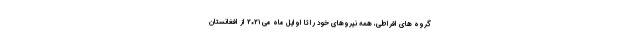
گروه های افراطی، همه نیروهای خود را تا اوایل ماه می ۲۰۲۱ از افغانستان